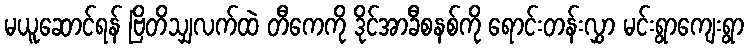
မယူဆောင်ရန် ဗြိတိသျှလက်ထဲ တီကေကို ဒိုင်အာခီစနစ်ကို ရောင်းတန်းလွှာ မင်းရွာကျေးရွာ